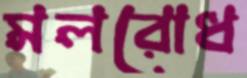
মলরোধ